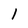
Character: I